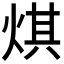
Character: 𤊄